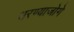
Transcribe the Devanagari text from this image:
धरण्याजोगे